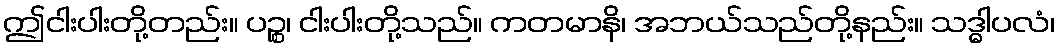
ဤငါးပါးတို့တည်း။ ပဉ္စ၊ ငါးပါးတို့သည်။ ကတမာနိ၊ အဘယ်သည်တို့နည်း။ သဒ္ဓါပလံ၊